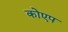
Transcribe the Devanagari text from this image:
कोएप